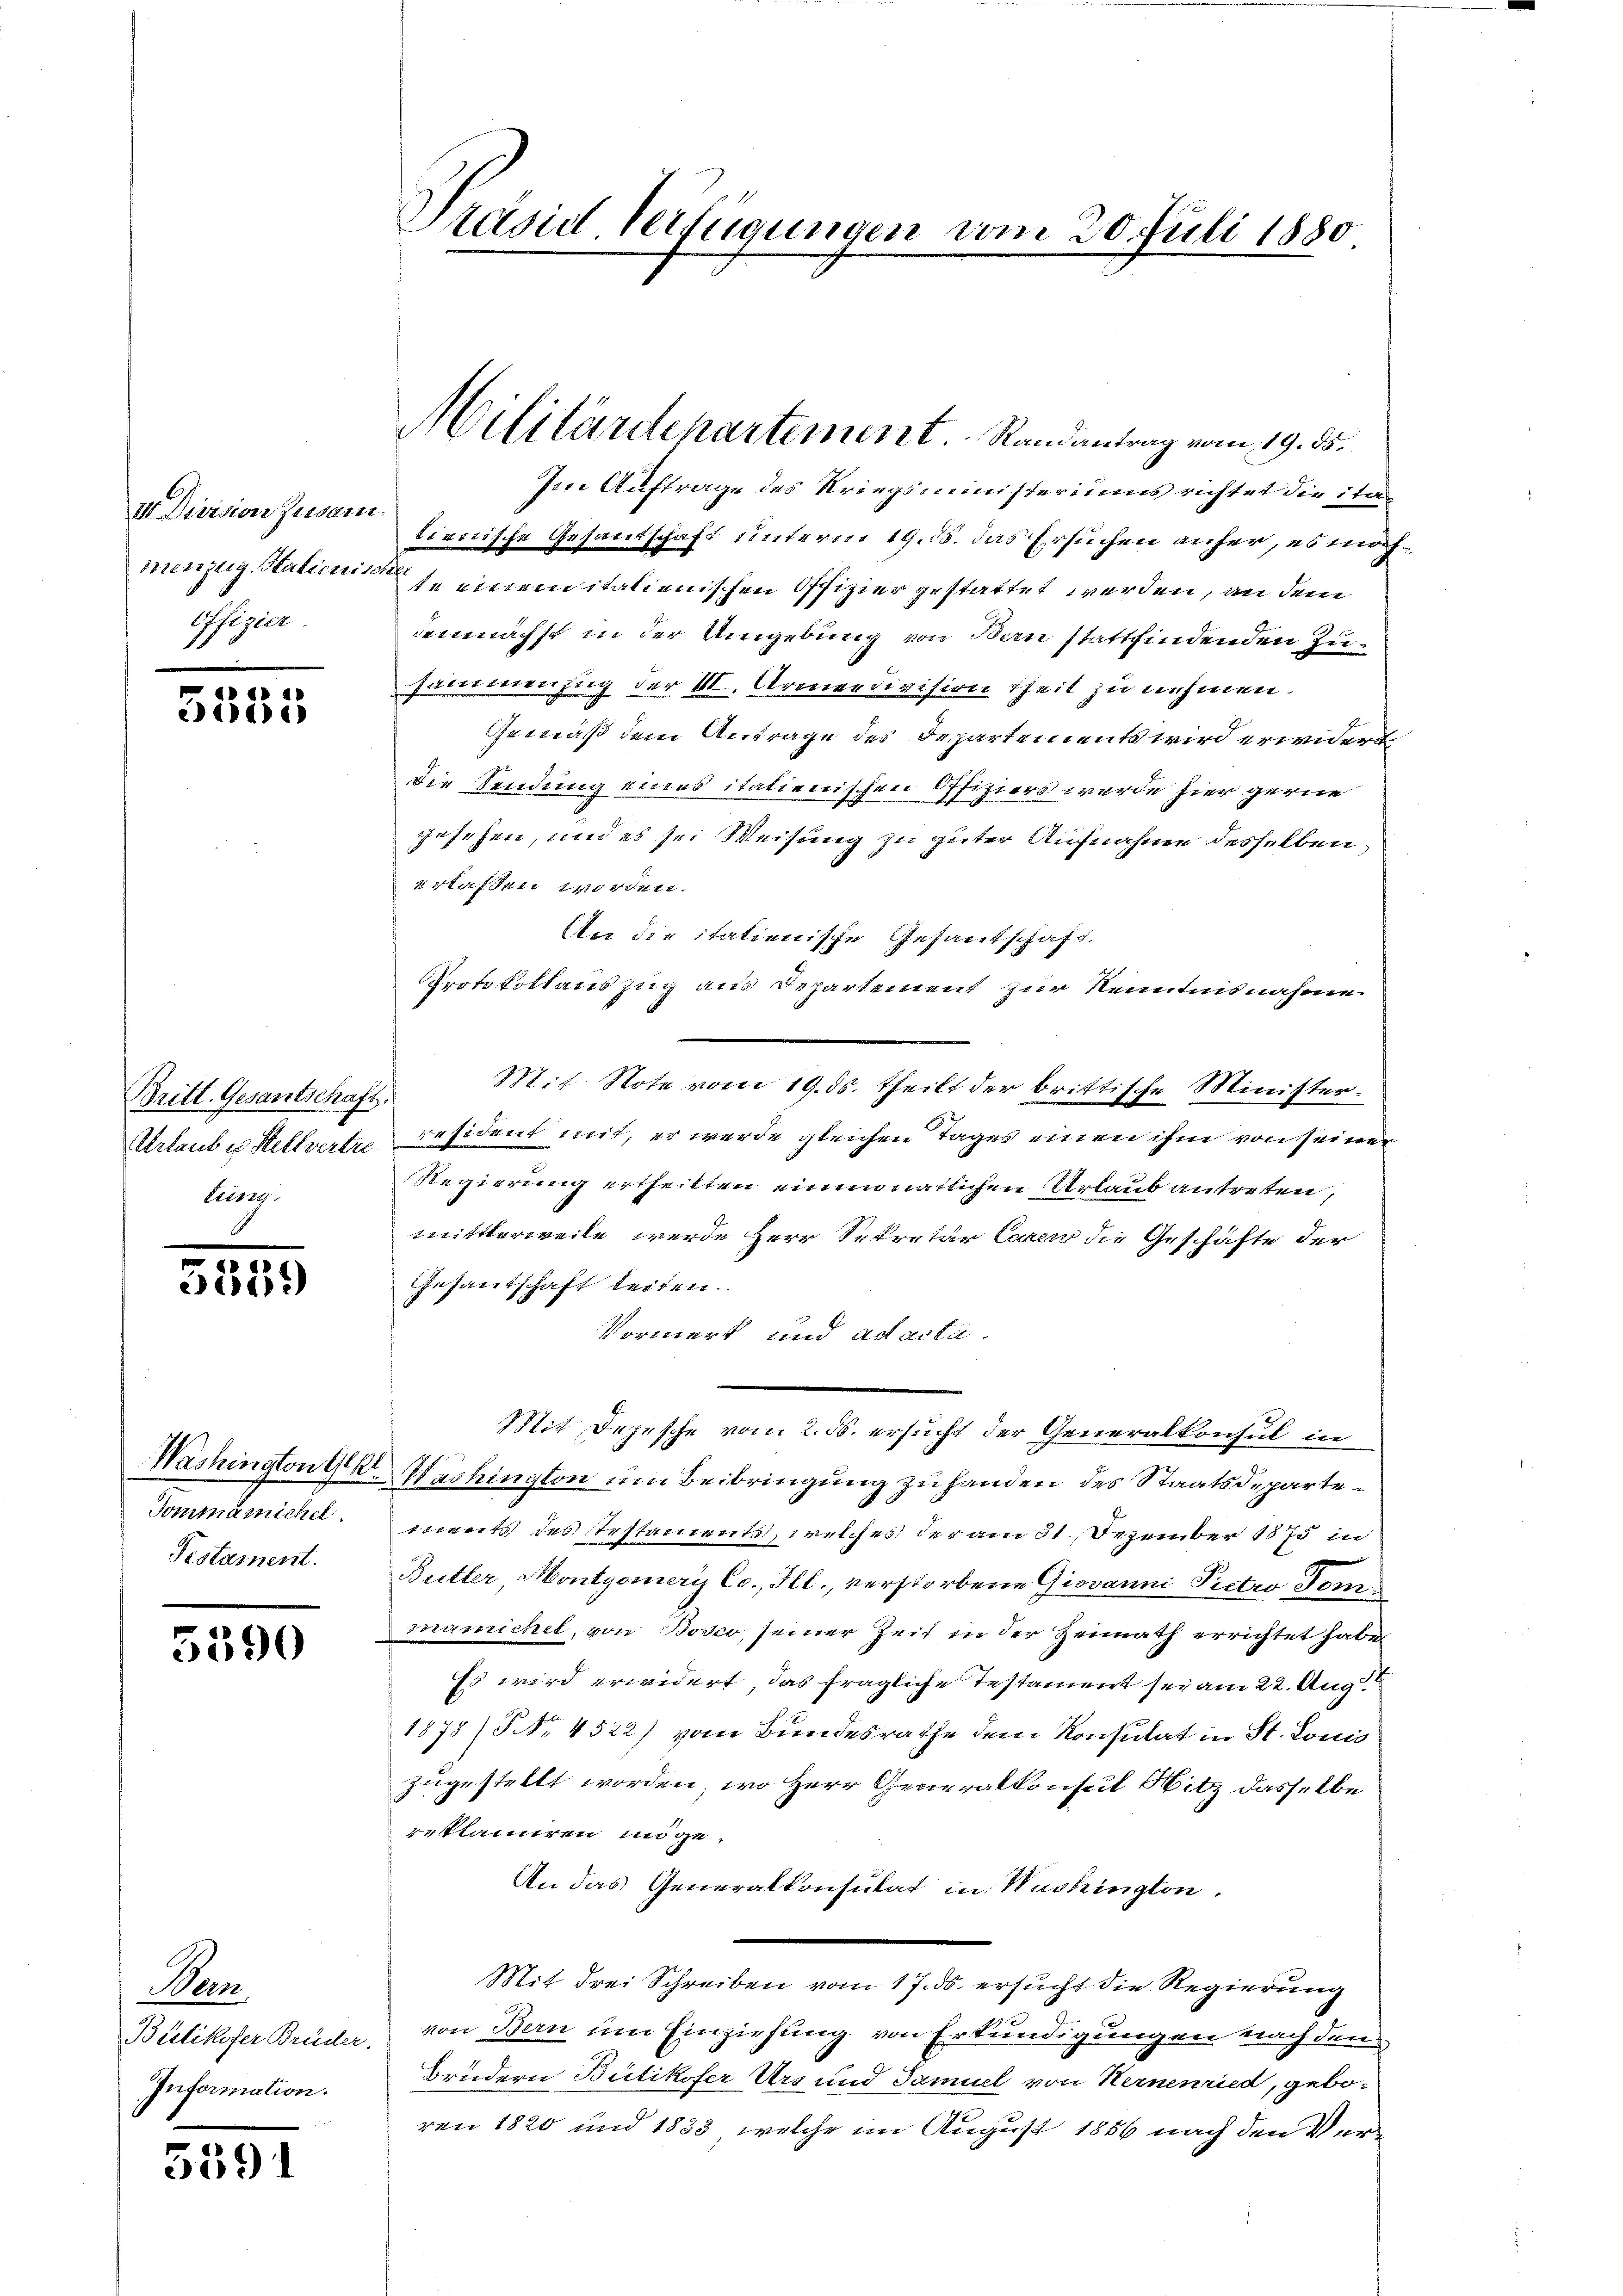
III. Division Zusam
offizier

d« is
64)

Britt. Gesantschaft.
Urlaub es Stellvertreling.

5559

Tomtnämichel
Testament.

5590

Man
Bietikofer Brüder.
Information.

5591

Präsid Verfügungen vom 20. Juli 1880

Im Auftrage des Kriegsministeriums richtet die ita
tirnische Gesantschaft unterm 19. 15. das Ersuchen anher, es möchmenzug, Stalienisse einem italienischen Offizier gestattet werden, an dem
demnächst in der Umgebung von Bern stattfindenden Zusammenzug der III. Armeedivision theil zu nehmen.
Gemäß dem Antrage des Departements wird erwidert
Die Sendung eines italienischen Offiziers werde hier gerne
gesehen, und es sei Weisung zu guter Aufnahme desselben,
erlassen worden.
An die itationische Gesandschaft.
Protokollauszug aus Departement zur Kenntnisnahme
Mit Note vom 19. ds. theilt der brittische Minister.
resident mit, er werde gleichen Tages einen ihm von seiner
Regierung ertheilten einem natlichen Urlaub antreten,
mittlerweite werde Herr Sekretär Carow die Geschäfte der
Gesandschaft leiten.
Vormerk und ad acta.
Mit Depesche vom 2. ds. ersucht der Generalkonsul in
Washington G. Washington um Beibringung zu handen des Staatsdepartements des Testaments, welches der am 31. Dezember 1875 in
Butter, Montyomery Co., Ill., verstorbene Giovanni Pietro Tommämichel, von Bosco, seiner Zeit in der Heimath errichtet habe
Es wird erwidert, das fragliche Testament sei am 22. Aug
1878/ NNo. 4522) vom Bundesrathe dem Konsulat in St. Louis
zugestellt worden, wo Herr Generalkonsul Sitz dasselbe
reklamiren möge.
An das Generalkonsulat in Washington.
Mit drei Schreiben vom 17. ds. ersucht die Regierung
von Bern um Einziehung von Erkundigungen nach den
Brudern Bietikofer Urs und Samuel von Hernenried, geboren 1820 und 1833, welche im August 1856 nach den Ver¬

Militärdepartement Randantrag vom 19. ds.